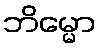
ဘိမ္မော